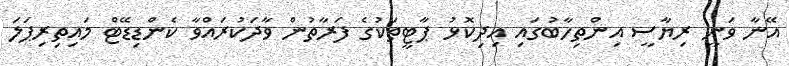
އޭނާ ވަނީ ރިޔާސީ އިންތިހާބުގައި އިދިކޮޅު ޕާޓީތަކުގެ ފަރާތުން ވާދަކުރައްވާ ކެންޑިޑޭޓް މައިތިރިޕަލަ